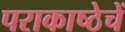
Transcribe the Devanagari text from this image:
पराकाष्ठेचें